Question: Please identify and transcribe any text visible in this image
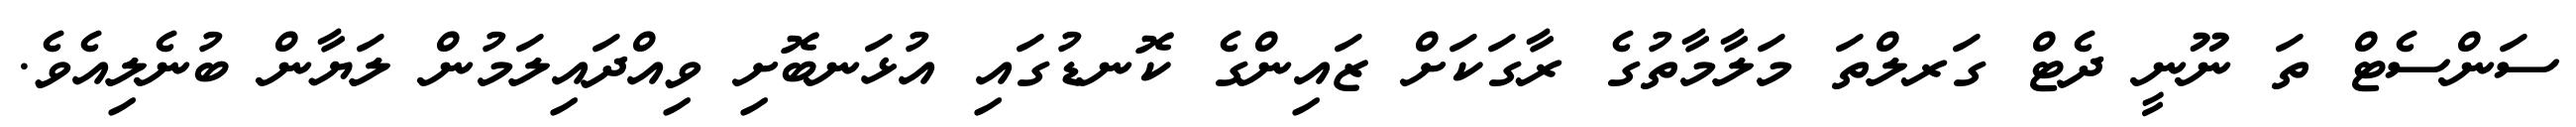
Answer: ސަންސެޓް ތަ ނޫނީ ދެޓް ގަރލްތަ މަލާމާތުގެ ރާގަކަށް ޒައިންގެ ކޮނޑުގައި އުޅަނބޮށި ވިއްދައިލަމުން ލަޔާން ބުނެލިއެވެ.